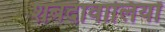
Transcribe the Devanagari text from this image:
शबदावालियों